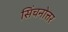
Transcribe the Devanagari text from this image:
सिंचनोत्तर